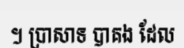
។ ប្រាសាទ បាគង ដែល